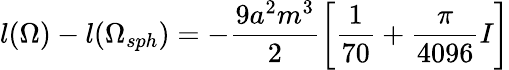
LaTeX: l(\Omega)-l(\Omega_{sph})=-\frac{9a^{2}m^{3}}{2}\left[\frac{1}{70}+\frac{\pi}{4096}I\right]